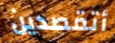
أتقصدين